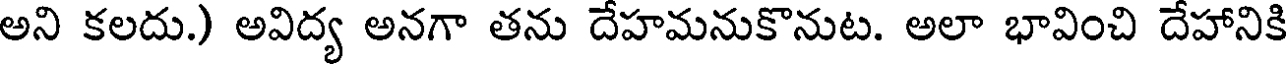
అని కలదు.) అవిద్య అనగా తను దేహమనుకొనుట. అలా భావించి దేహానికి